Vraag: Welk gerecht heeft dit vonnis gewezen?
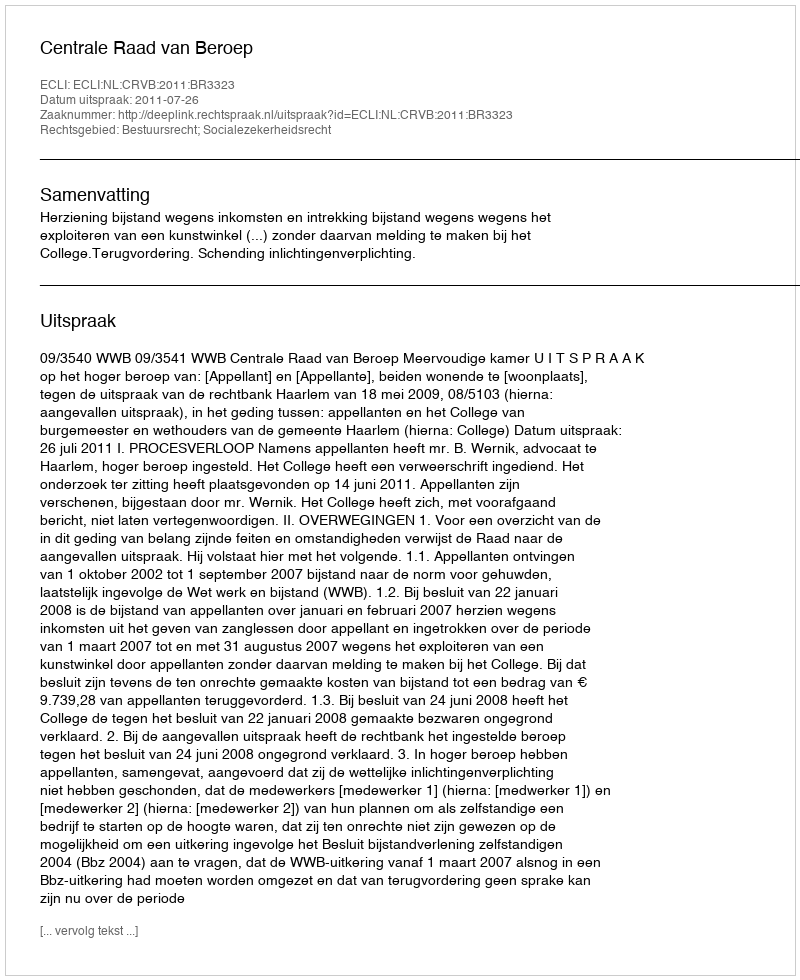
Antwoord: Centrale Raad van Beroep